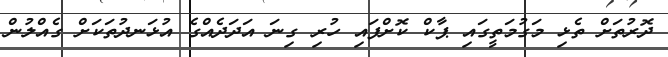
ދޮރުތަށް ތެޅި މަގުމަތީގައި ޕާކް ކޮށްފައި ހުރި ގިނަ އަދަދެއްގެ އުޅަނދުތަކަށް ގެއްލުން